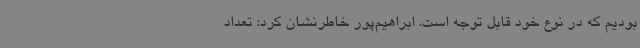
بودیم که در نوع خود قابل توجه است. ابراهیم‌پور خاطرنشان کرد: تعداد